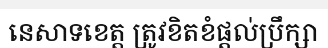
នេសាទខេត្ត ត្រូវខិតខំផ្តល់ប្រឹក្សា